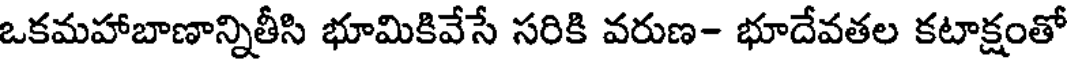
ఒకమహాబాణాన్నితీసి భూమికివేసే సరికి వరుణ- భూదేవతల కటాక్షంతో